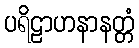
ပရိဠာဟနာနတ္တံ